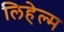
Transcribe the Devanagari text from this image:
लिहेल्म